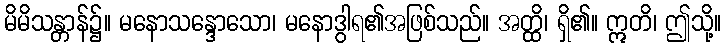
မိမိသန္တာန်၌။ မနောသန္ဒောသော၊ မနောဒွါရ၏အဖြစ်သည်။ အတ္ထိ၊ ရှိ၏။ ဣတိ၊ ဤသို့။